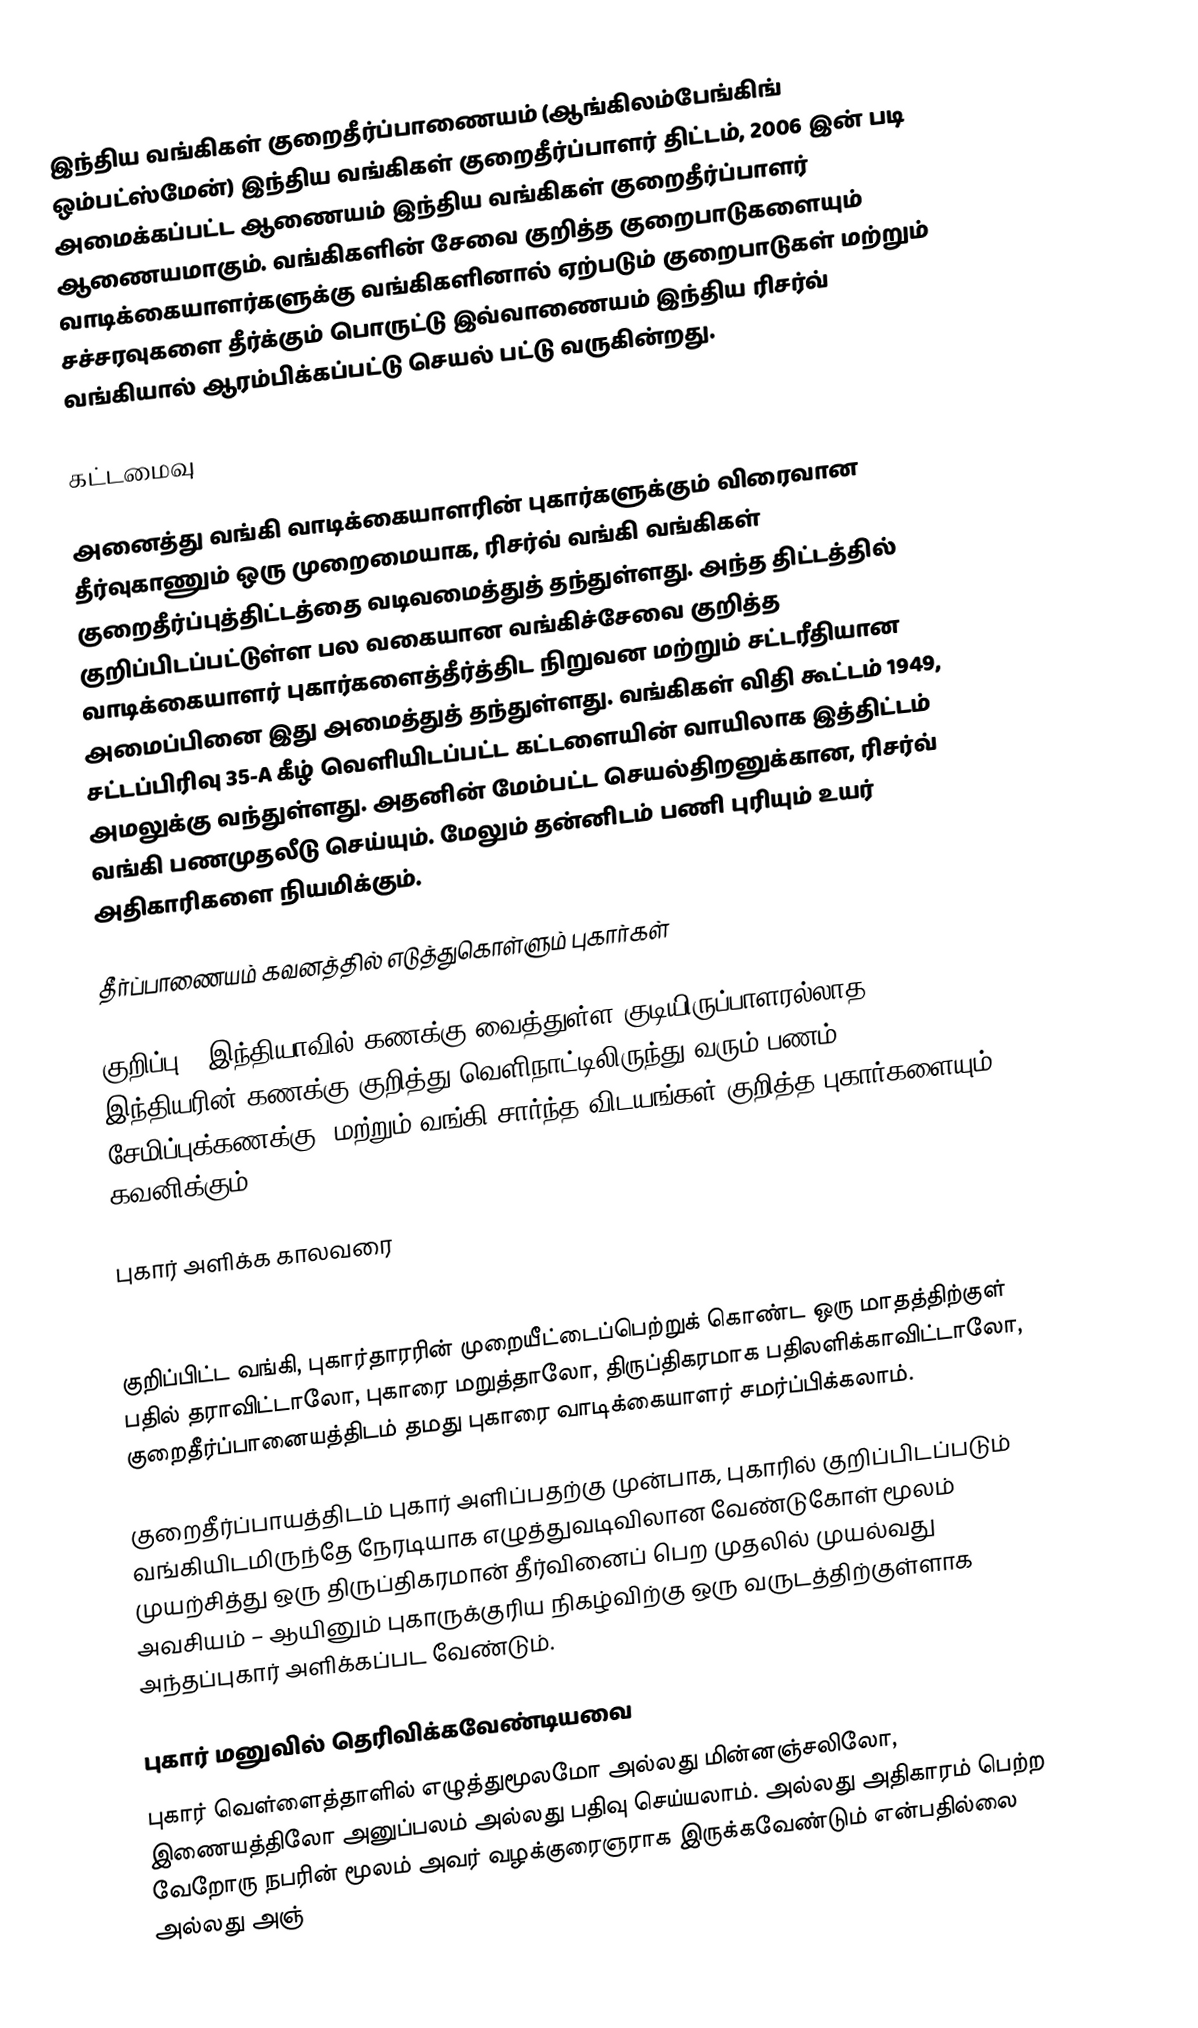
இந்திய வங்கிகள் குறைதீர்ப்பாணையம் (ஆங்கிலம்பேங்கிங் ஒம்பட்ஸ்மேன்) இந்திய வங்கிகள் குறைதீர்ப்பாளர் திட்டம், 2006 இன் படி அமைக்கப்பட்ட ஆணையம் இந்திய வங்கிகள் குறைதீர்ப்பாளர் ஆணையமாகும். வங்கிகளின் சேவை குறித்த குறைபாடுகளையும் வாடிக்கையாளர்களுக்கு வங்கிகளினால் ஏற்படும் குறைபாடுகள் மற்றும் சச்சரவுகளை தீர்க்கும் பொருட்டு இவ்வாணையம் இந்திய ரிசர்வ் வங்கியால் ஆரம்பிக்கப்பட்டு செயல் பட்டு வருகின்றது.

கட்டமைவு

அனைத்து வங்கி வாடிக்கையாளரின் புகார்களுக்கும் விரைவான தீர்வுகாணும் ஒரு முறைமையாக, ரிசர்வ் வங்கி வங்கிகள் குறைதீர்ப்புத்திட்டத்தை வடிவமைத்துத் தந்துள்ளது.  அந்த திட்டத்தில் குறிப்பிடப்பட்டுள்ள பல வகையான வங்கிச்சேவை குறித்த வாடிக்கையாளர் புகார்களைத்தீர்த்திட நிறுவன மற்றும் சட்டரீதியான அமைப்பினை இது அமைத்துத் தந்துள்ளது. வங்கிகள் விதி கூட்டம் 1949, சட்டப்பிரிவு 35-A  கீழ் வெளியிடப்பட்ட கட்டளையின் வாயிலாக இத்திட்டம் அமலுக்கு வந்துள்ளது.  அதனின் மேம்பட்ட செயல்திறனுக்கான, ரிசர்வ் வங்கி பணமுதலீடு செய்யும்.  மேலும் தன்னிடம் பணி புரியும் உயர் அதிகாரிகளை நியமிக்கும்.

தீர்ப்பாணையம் கவனத்தில் எடுத்துகொள்ளும் புகார்கள்

குறிப்பு-; இந்தியாவில் கணக்கு வைத்துள்ள குடியிருப்பாளரல்லாத இந்தியரின் கணக்கு குறித்து வெளிநாட்டிலிருந்து வரும் பணம், சேமிப்புக்கணக்கு, மற்றும் வங்கி சார்ந்த விடயங்கள் குறித்த புகார்களையும் கவனிக்கும்.

புகார் அளிக்க காலவரை

குறிப்பிட்ட வங்கி, புகார்தாரரின் முறையீட்டைப்பெற்றுக் கொண்ட ஒரு மாதத்திற்குள் பதில் தராவிட்டாலோ, புகாரை மறுத்தாலோ, திருப்திகரமாக பதிலளிக்காவிட்டாலோ, குறைதீர்ப்பானையத்திடம் தமது புகாரை வாடிக்கையாளர் சமர்ப்பிக்கலாம்.

குறைதீர்ப்பாயத்திடம் புகார் அளிப்பதற்கு முன்பாக, புகாரில் குறிப்பிடப்படும் வங்கியிடமிருந்தே நேரடியாக எழுத்துவடிவிலான வேண்டுகோள் மூலம் முயற்சித்து ஒரு திருப்திகரமான்  தீர்வினைப் பெற முதலில் முயல்வது அவசியம் – ஆயினும் புகாருக்குரிய நிகழ்விற்கு ஒரு வருடத்திற்குள்ளாக அந்தப்புகார் அளிக்கப்பட வேண்டும்.

புகார் மனுவில் தெரிவிக்கவேண்டியவை
புகார் வெள்ளைத்தாளில் எழுத்துமூலமோ அல்லது மின்னஞ்சலிலோ, இணையத்திலோ அனுப்பலம் அல்லது பதிவு செய்யலாம். அல்லது அதிகாரம் பெற்ற வேறோரு நபரின் மூலம் அவர் வழக்குரைஞராக இருக்கவேண்டும் என்பதில்லை அல்லது அஞ்